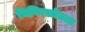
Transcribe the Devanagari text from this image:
विकिस्रोतात